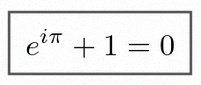
e^{i\pi}+1=0